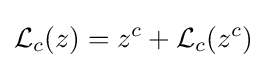
{\mathcal {L}}_{c}(z)=z^{c}+{\mathcal {L}}_{c}(z^{c})